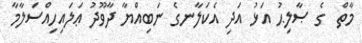
މާތް  ގެ ޞާލިޙު އަޅު އަދި އެކަލާނގެ ނަބިއްޔާ ދާވޫދު ޢަލައިހިއްސަލާމާ